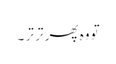
تو وہ پھر تر تر ۔